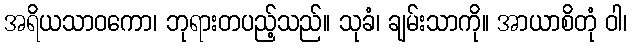
အရိယသာဝကော၊ ဘုရားတပည့်သည်။ သုခံ၊ ချမ်းသာကို။ အာယာစိတုံ ဝါ၊